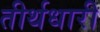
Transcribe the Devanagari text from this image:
तीर्थधारी